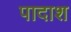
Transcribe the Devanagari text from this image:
पादाश